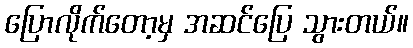
ပြောလိုက်တော့မှ အဆင်ပြေ သွားတယ်။